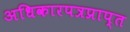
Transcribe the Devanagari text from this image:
अधिकारपत्रप्राप्त